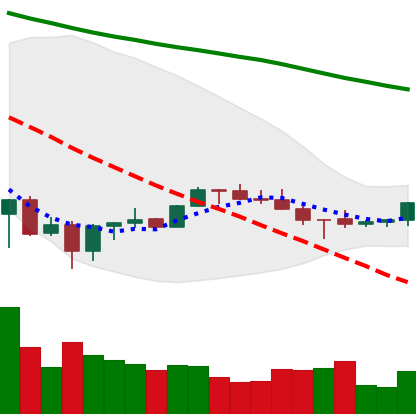
Ticker: BNB-USD
Chart end date: 2022-07-04
Forward return: 5.038%
Label: up_5_7